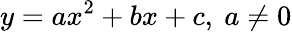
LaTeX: y=ax^{2}+bx+c,\ a\neq 0